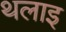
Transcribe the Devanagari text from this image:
थलाइ